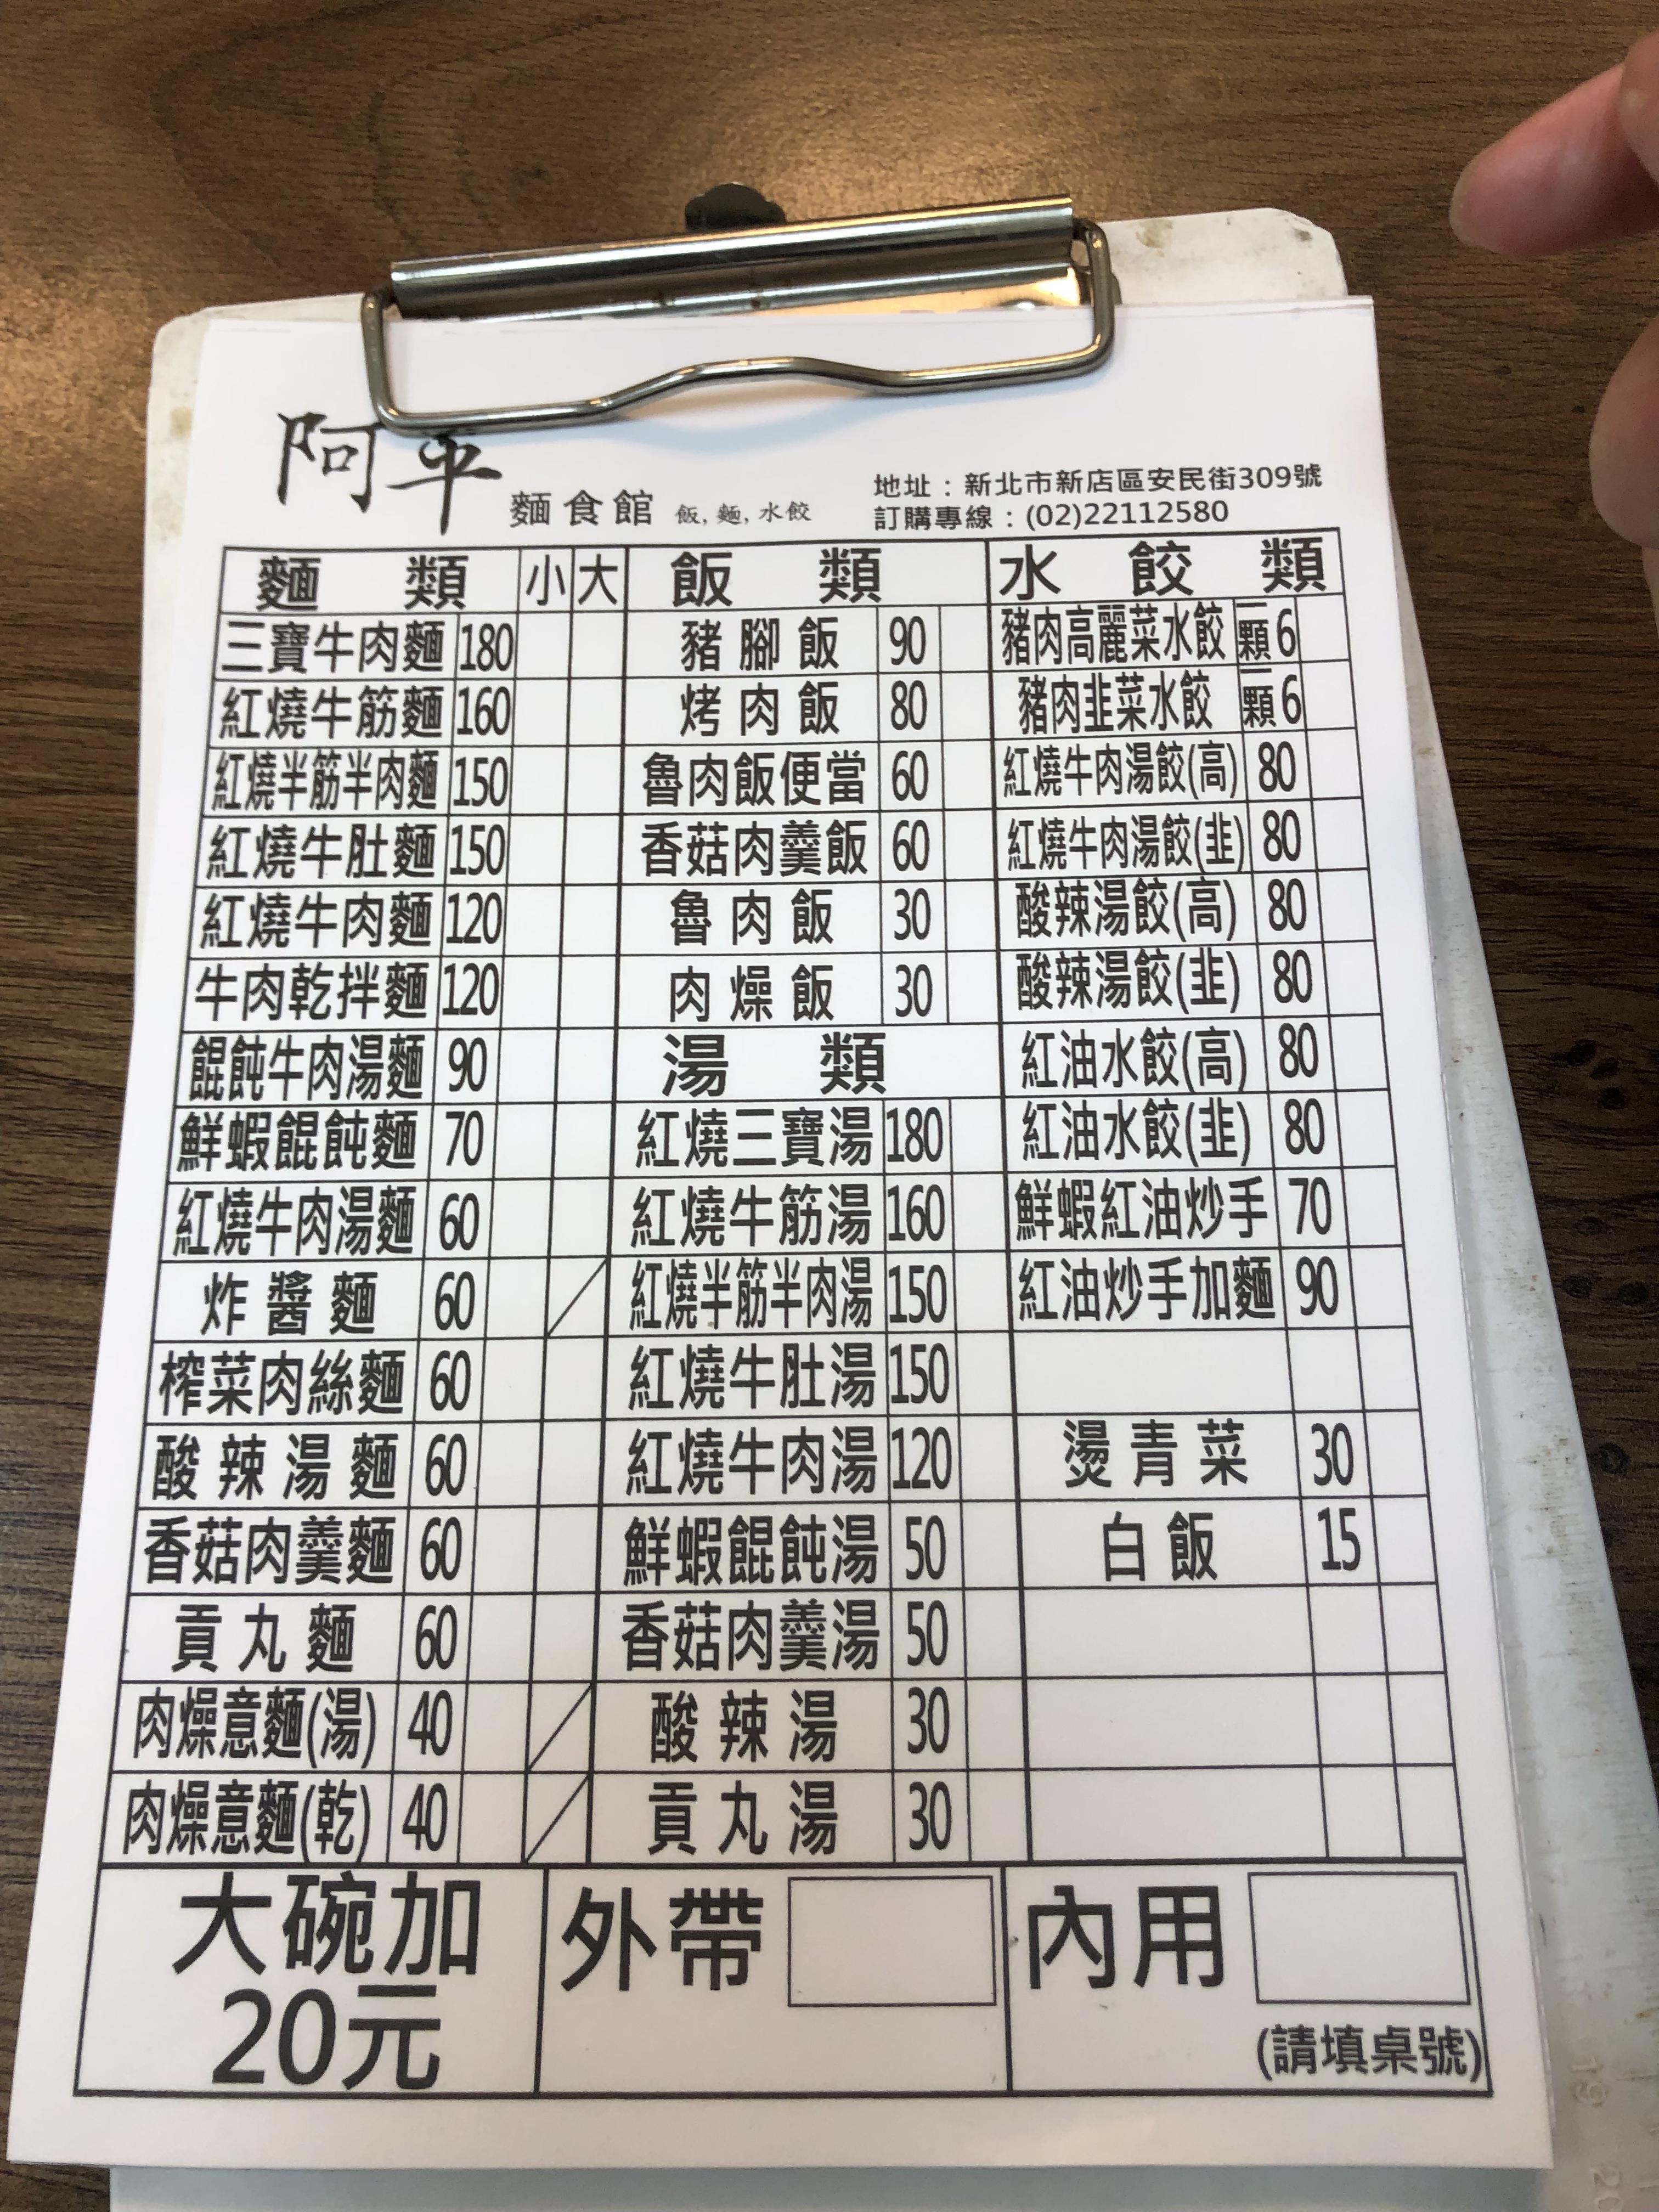
餐廳：阿平麵食館
地址：新北市新店區安民街309號
電話：(02)22112580
菜單：
name: 三寶牛肉麵
price: 180
name: 豬腳飯
price: 90
name: 豬肉高麗菜水餃
price: 6
name: 紅燒牛筋麵
price: 160
name: 烤肉飯
price: 80
name: 豬肉韭菜水餃
price: 6
name: 紅燒半筋半肉麵
price: 150
name: 魯肉飯便當
price: 60
name: 紅燒牛肉湯餃(高)
price: 80
name: 紅燒牛肚麵
price: 150
name: 香菇肉羹飯
price: 60
name: 紅燒牛肉湯餃(韭)
price: 80
name: 紅燒牛肉麵
price: 120
name: 魯肉飯
price: 30
name: 酸辣湯餃(高)
price: 80
name: 酸辣湯餃(韭)
price: 80
name: 牛肉乾拌麵
price: 120
name: 肉燥飯
price: 30
name: 餛飩牛肉湯麵
price: 90
name: 鮮蝦餛飩麵
price: 70
name: 紅燒牛肉湯麵
price: 60
name: 炸醬麵
price: 60
name: 榨菜肉絲麵
price: 60
name: 酸辣湯麵
price: 60
name: 香菇肉羹麵
price: 60
name: 貢丸麵
price: 60
name: 肉燥意麵(湯)
price: 40
name: 肉燥意麵(乾)
price: 40
name: 紅燒三寶湯
price: 180
name: 紅燒牛筋湯
price: 160
name: 紅燒半筋半肉湯
price: 150
name: 紅燒牛肚湯
price: 150
name: 紅燒牛肉湯
price: 120
name: 鮮蝦餛飩湯
price: 50
name: 香菇肉羹湯
price: 50
name: 酸辣湯
price: 30
name: 貢丸湯
price: 30
name: 紅油水餃(高)
price: 80
name: 紅油水餃(韭)
price: 80
name: 鮮蝦紅油炒手
price: 70
name: 紅油炒手加麵
price: 90
name: 燙青菜
price: 30
name: 白飯
price: 15